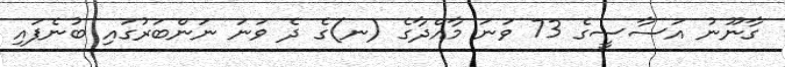
ގާނޫނު އަސާސީގެ 73 ވަނަ މާއްދާގެ (ނ)ގެ ދެ ވަނަ ނަންބަރުގައި ބުނެފައި